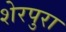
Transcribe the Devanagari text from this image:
शेरपुरा